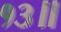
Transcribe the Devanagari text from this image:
१३॥